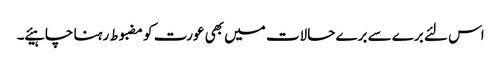
اس لئے برے سے برے حالات میں بھی عورت کو مضبوط رہنا چاہیئے ۔